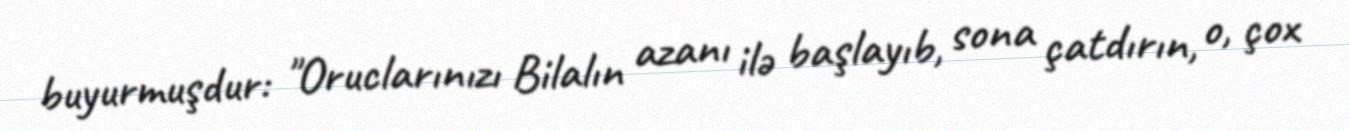
buyurmuşdur: "Oruclarınızı Bilalın azanı ilə başlayıb, sona çatdırın, o, çox